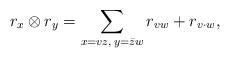
LaTeX: \begin{align*}r_{x} \otimes r_{y} = \sum_{x = v z,\, y = \bar{z} w} r_{v w} + r_{v \cdot w},\end{align*}